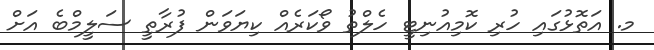
މ. އަތޮޅުގައި ހުރި ކޮމިއުނިޓީ ހެލްތު ވޯކަރެއް ކިޔަވަން ފުރާތީ ސަލީމްބެ އަށް